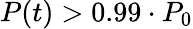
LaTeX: P(t)>0.99\cdot P_{0}